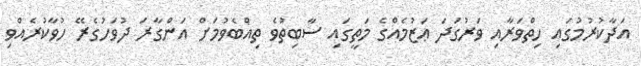
އަދާކުރުމުގައި ހިތްވަރާއި ވަރުގަދަ ޢަޒުމެއްގެ މަތީގައި ސާބިތުވެ ތިއްބެވުމަށް އަންގާރަ ދުވަހުގެރޭ ހުވާކުރެއްވި